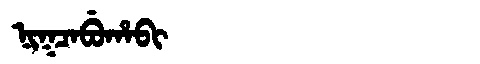
Manchu: ᠨᡳᡴᠴᠠᠪᡠᡥᠠᠪᡳ
Romanization: NIKCABUHABI